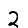
Digit: 2